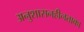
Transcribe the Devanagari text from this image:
अनुशासनहीनताका